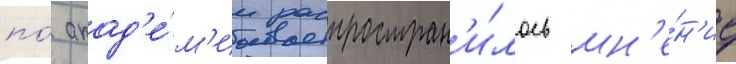
по́ акад'е́м'ии распростран'и́лось мн'е́н'ие